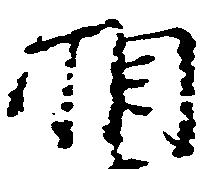
相